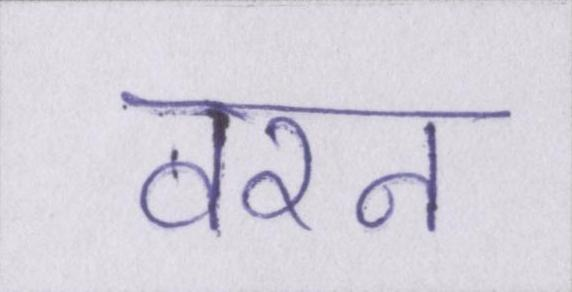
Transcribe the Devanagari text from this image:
वरन